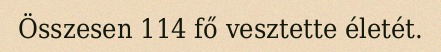
Összesen 114 fő vesztette életét.